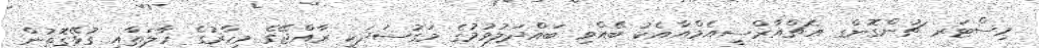
މިސްޓަރ ޗުންގޮންގ އެޗްއާރްސީއެމްއާއެކު ބޭއްވި ބައްދަލުވުމުގެ މަގުސަދަކީ ރާއްޖޭގެ މިހާރުގެ ހާލަތާއި ގުޅޭގޮތުން